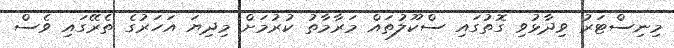
މިނިސްޓަރު ވިދާޅުވި ގޮތުގައި ސްކޫލުތައް މަރާމާތު ކުރުމަށް މިދިޔަ އަހަރުގެ ތެރޭގައި ވެސް